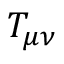
T _ { \mu \nu }